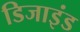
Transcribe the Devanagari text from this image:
डिजाइंड